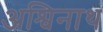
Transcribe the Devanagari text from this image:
अश्विनाथ